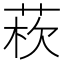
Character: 𦰻